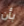
بأن